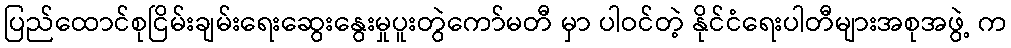
ပြည်ထောင်စုငြိမ်းချမ်းရေးဆွေးနွေးမှုပူးတွဲကော်မတီ မှာ ပါဝင်တဲ့ နိုင်ငံရေးပါတီများအစုအဖွဲ့ က